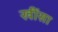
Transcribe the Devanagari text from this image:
खींसा